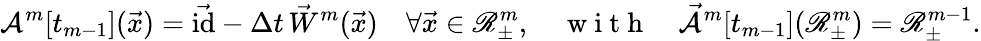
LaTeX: \mathcal{A}^{m}[t_{m-1}](\vec{x})=\vec{\mathrm{id}}-\Delta t\, \vec{W}^{m}(\vec{x})\quad\forall\vec{x}\in\mathscr{R}_{\pm}^{m},\quad\mathrm{~w~i~t~h~}\quad\mathcal{\vec{A}}^{m}[t_{m-1}](\mathscr{R}_{\pm}^{m})=\mathscr{R}_{\pm}^{m-1}.